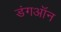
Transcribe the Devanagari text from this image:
डंगऑन